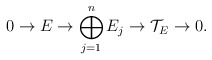
\begin{align*} 0 \rightarrow E \rightarrow \bigoplus_{j=1}^n E_j \rightarrow \mathcal{T}_E \rightarrow 0. \end{align*}